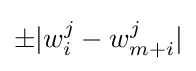
\pm |w_{i}^{j}-w_{m+i}^{j}|